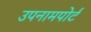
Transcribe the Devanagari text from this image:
उपनामपोर्ट